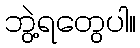
ဘွဲ့ရတွေပါ။